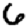
Digit: 6